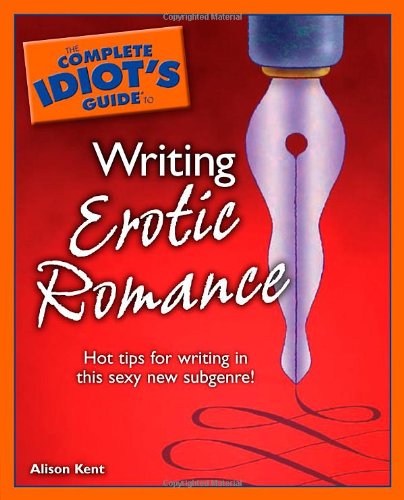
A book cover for The Complete Idiot's Guide to Writing Erotic Romance (Complete Idiot's Guides (Lifestyle Paperback)); Alison Kent; Romance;